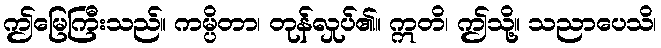
ဤမြေကြီးသည်။ ကမ္ပိတာ၊ တုန်လှုပ်၏။ ဣတိ၊ ဤသို့။ သညာပေသိ၊